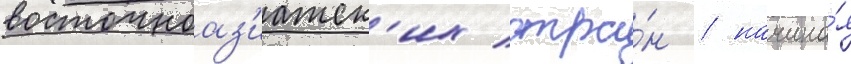
восточноаз'иатск'их стра́н / начина́я